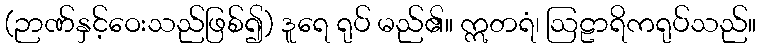
(ဉာဏ်နှင့်ဝေးသည်ဖြစ်၍) ဒူရေ ရုပ် မည်၏။ ဣတရံ၊ ဩဠာရိကရုပ်သည်။